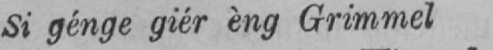
Si génge giér èng Grimmel